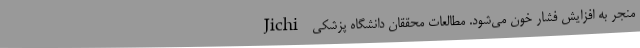
منجر به افزایش فشار خون می‌شود. مطالعات محققان دانشگاه پزشکی Jichi